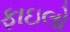
ફાઇલો